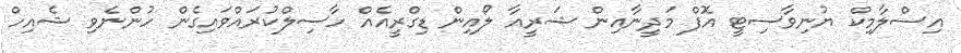
އިސްލާމިކް ޔުނިވާސިޓީ އޮފް މަދީނާއިން ޝަރީއާ ލޯއިން ޑިގްރީއެއް ހާސިލްކުރައްވައިގެން ހުންނެވި ޝެއިހް